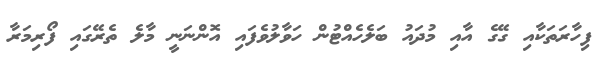
ފިހާރަތަކާއި ގޭގެ އާއި މުދައު ބަލެހެއްޓުން ހަވާލުވެފައި އޮންނަނީ މާލެ ތެރޭގައި ފޯރިމަރާ